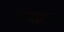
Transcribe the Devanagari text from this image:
गजलरत्‍न